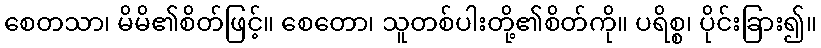
စေတသာ၊ မိမိ၏စိတ်ဖြင့်။ စေတော၊ သူတစ်ပါးတို့၏စိတ်ကို။ ပရိစ္စ၊ ပိုင်းခြား၍။